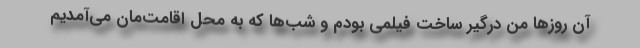
آن روزها من درگیر ساخت فیلمی بودم و شب‌ها که به محل اقامت‌مان می‌آمدیم